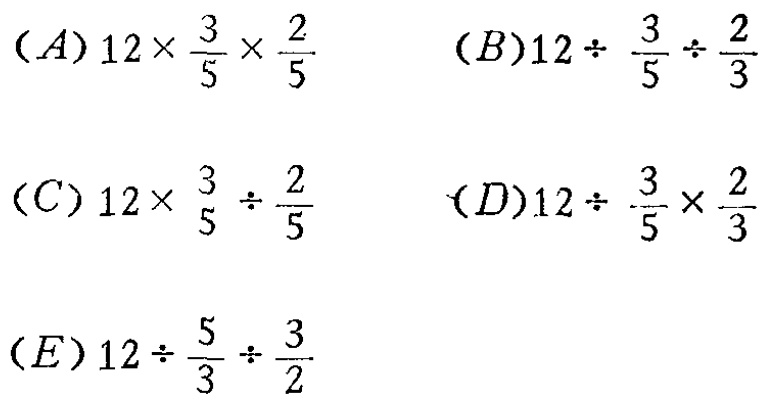
(A) \(12\times\frac{3}{5}\times\frac{2}{5}\)
(B) \(12\div\frac{3}{5}\div\frac{2}{3}\)
(C) \(12\times\frac{3}{5}\div\frac{2}{5}\)
(D) \(12\div\frac{3}{5}\times\frac{2}{3}\)
(E) \(12\div\frac{5}{3}\div\frac{3}{2}\)